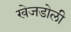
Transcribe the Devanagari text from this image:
खेजडोली